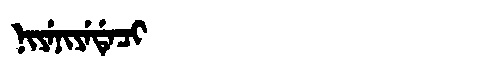
Manchu: ᠨᡳᠶᡝᠨᡳᠶᡝᡩᡝᠴᡳ
Romanization: NIYENIYEDECI